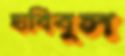
হাবিবুল